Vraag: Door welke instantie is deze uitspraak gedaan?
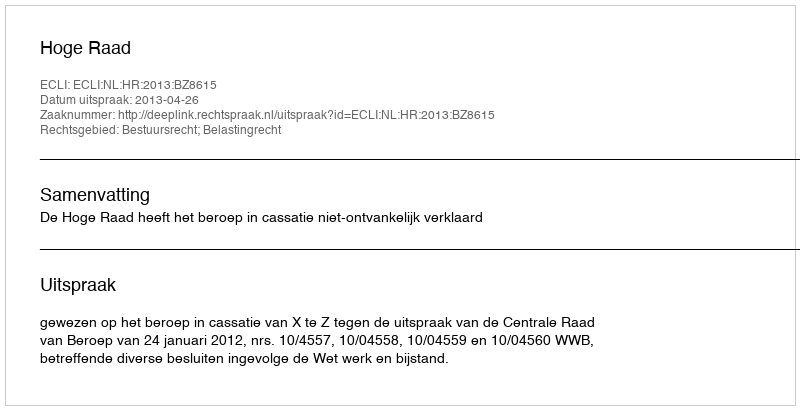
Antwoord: Hoge Raad